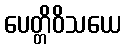
ပေတ္တိဝိသယေ